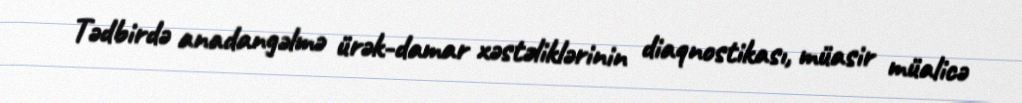
Tədbirdə anadangəlmə ürək-damar xəstəliklərinin diaqnostikası, müasir müalicə